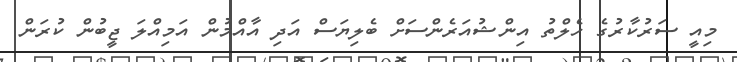
މިއީ ސަރުކާރުގެ ހެލްތު އިންޝުއަރެންސަށް ބެލިޔަސް އަދި އާއްމުން އަމިއްލަ ޖީބުން ކުރަން